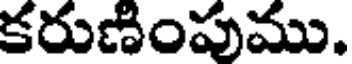
కరుణింపుము.